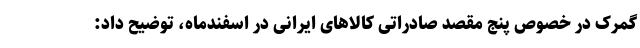
گمرک در خصوص پنج مقصد صادراتی کالاهای ایرانی در اسفندماه، توضیح داد: